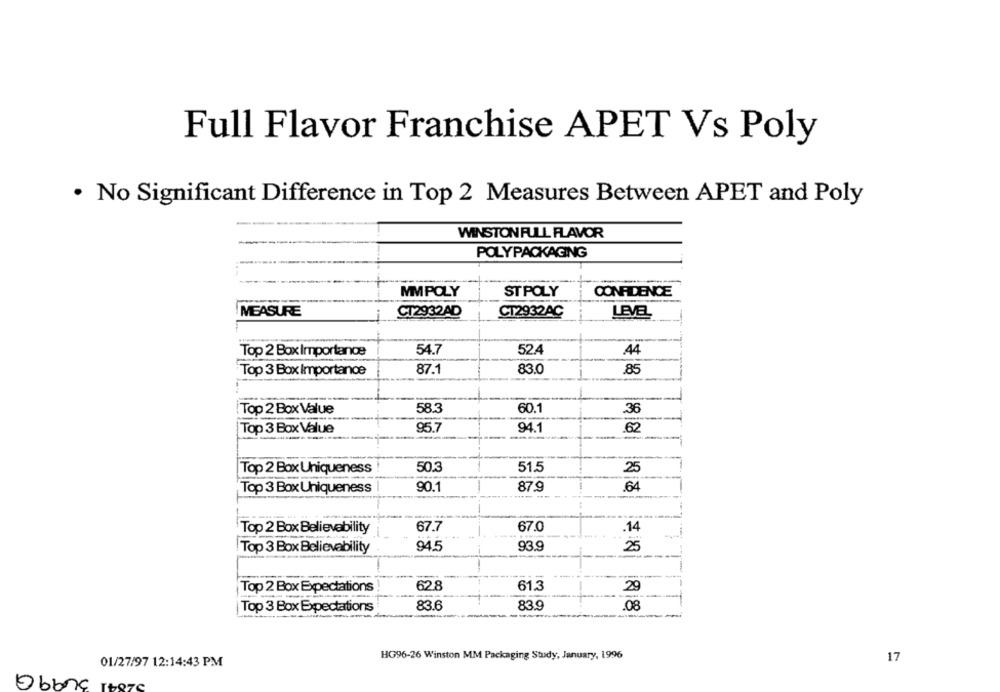
Full Flavor Franchise APET Vs Poly
. No Significant Difference in Top 2 Measures Between APET and Poly
WINSTON FULL FLAVOR
POLYPACKAGING
MMPOLY
ST POLY
CONFIDENCE
MEASURE
CT2932AD
CT2932AC
LEVEL
Top 2 Box Importance
54.7
524
44
Top 3 Box Importance
87.1
83.0
.85
-
Top 2 Box Value
58.3
60.1
36
95.7
94.1
Top 3 Box Value
50.3
51.5
25
Top 2 Box Uniqueness
Top 3 Box Uniqueness
90.1
87.9
.64
Top 2 Box Believability
67.7
67.0
.14
94.5
Top 3 Box Believability
93.9
25
628
29
Top 2 Box Expectations
61.3
Top 3 Box Expectations
83.6
83.9
.08
HG96-26 Winston MM Packaging Study, January, 1996
17
01/27/97 12:14:43 PM